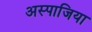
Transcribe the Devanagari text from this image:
अस्पाजिया